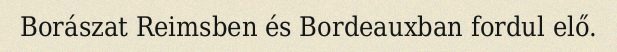
Borászat Reimsben és Bordeauxban fordul elő.